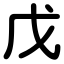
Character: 戊